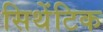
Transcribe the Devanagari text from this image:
सिथेंटिक